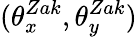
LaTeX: (\theta_{x}^{Zak},\theta_{y}^{Zak})